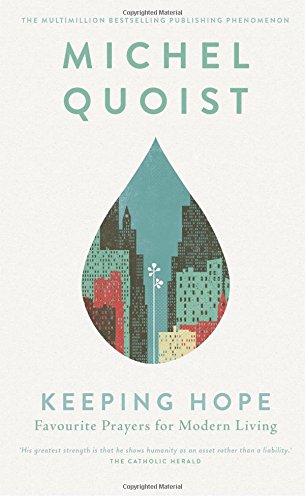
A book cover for Keeping Hope: Favourite Prayers for Modern Living; Michel Quoist; Religion & Spirituality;